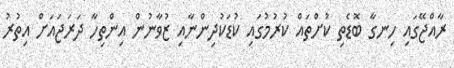
ރާއްޖޭގައި ހިނގާ ބޮޑެތި ކުށްތައް ކުރުމުގައި ކުޑަކުދިންނާއި ޒުވާނުން އިންތިހާ ދަރަޖައަށް އިތުރު